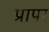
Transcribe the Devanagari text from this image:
प्रापर